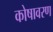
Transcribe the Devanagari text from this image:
कोषावरण